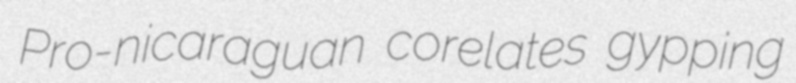
Pro-nicaraguan corelates gypping